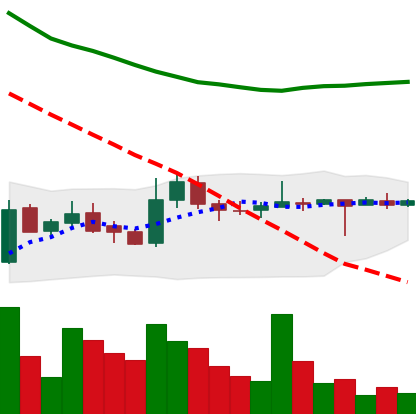
Ticker: LTC-USD
Chart end date: 2015-05-19
Forward return: 26.01%
Label: up_7plus